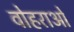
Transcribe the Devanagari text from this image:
वोहराओं